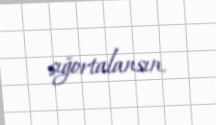
sığortalansın.